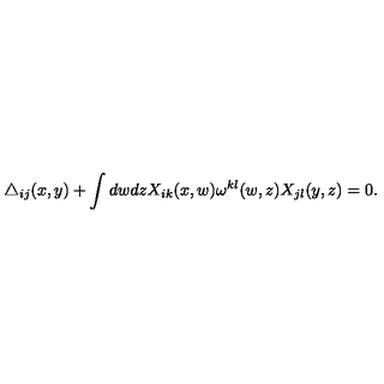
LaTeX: \triangle _ { i j } ( x , y ) + \int d w d z X _ { i k } ( x , w ) \omega ^ { k l } ( w , z ) X _ { j l } ( y , z ) = 0 .